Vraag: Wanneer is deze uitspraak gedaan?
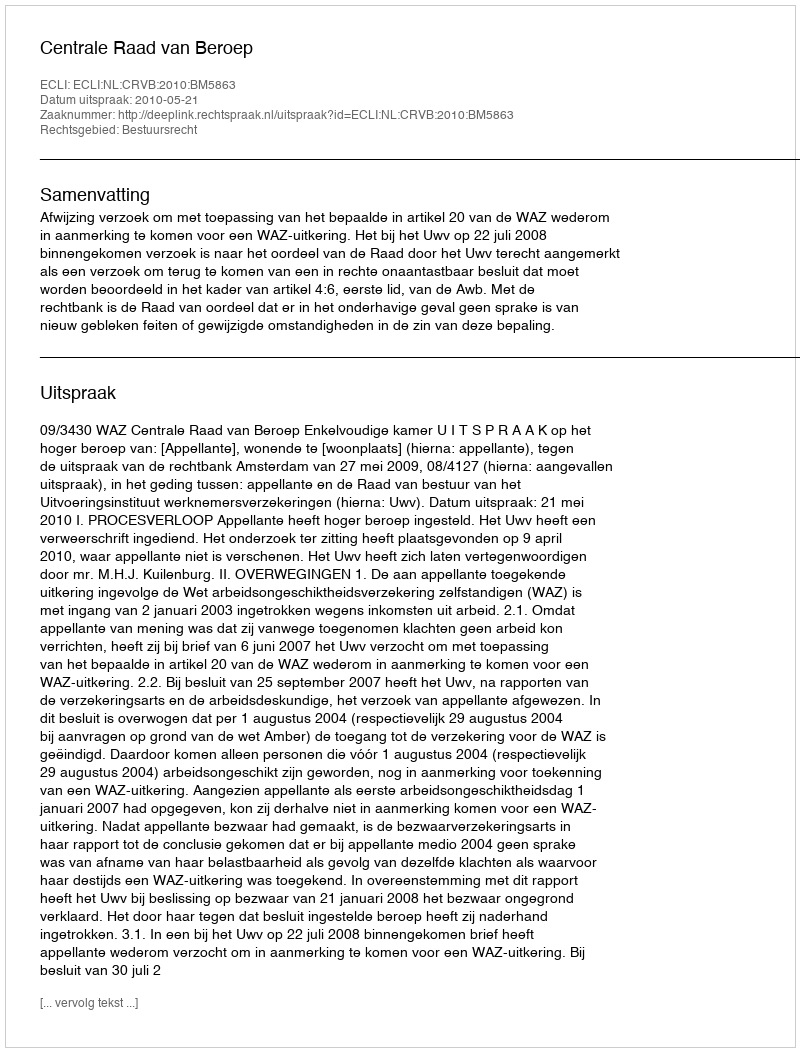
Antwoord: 2010-05-21